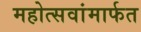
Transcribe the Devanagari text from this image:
महोत्सवांमार्फत